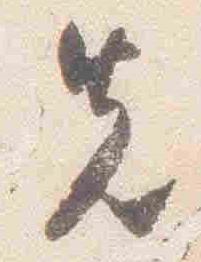
先